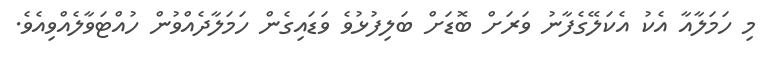
މި ހަމަލާއާ އެކު އެކަލޭގެފާނު ވަރަށް ބޮޑަށް ބަލިފުޅުވެ ވަޑައިގެން ހަމަލާދެއްވުން ހުއްޓަވާލެއްވިއެވެ.